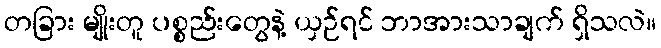
တခြား မျိုးတူ ပစ္စည်းတွေနဲ့ ယှဉ်ရင် ဘာအားသာချက် ရှိသလဲ။